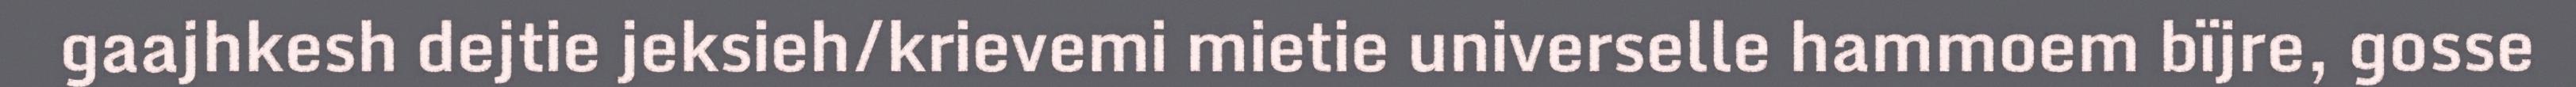
gaajhkesh dejtie jeksieh/krievemi mietie universelle hammoem bïjre, gosse